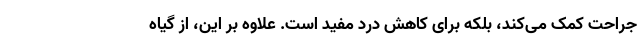
جراحت کمک می‌کند، بلکه برای کاهش درد مفید است. علاوه بر این، از گیاه